Report of the Indian Hemp Drugs Commission, 1894-1895 - Volume V
Year: 1894
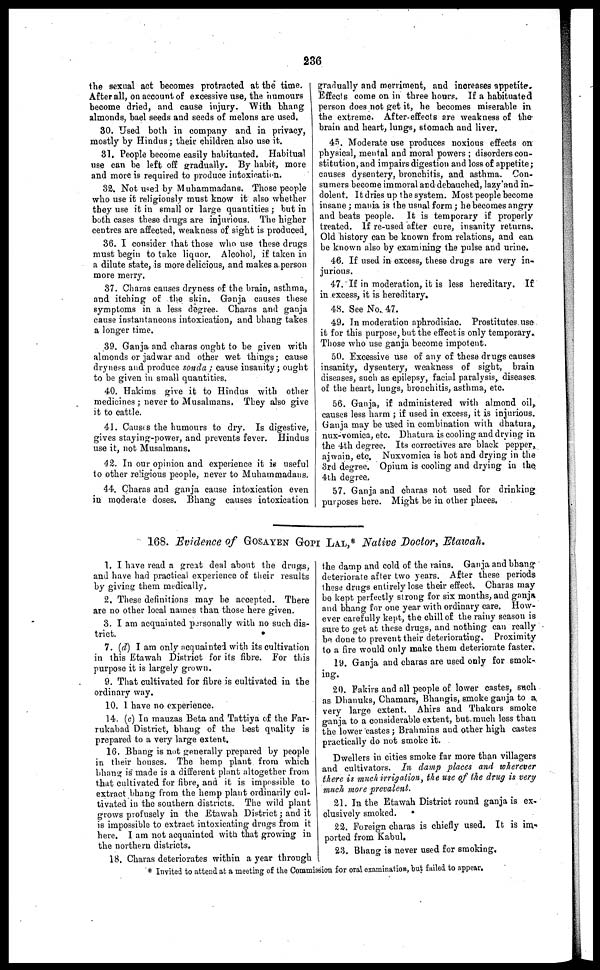
236
the sexual act becomes protracted at the
time.
After all, on account of excessive use, the humours
become dried, and cause injury. With bhang
almonds, bael seeds and seeds of melons are used.
30. Used both in company and. in privacy,
mostly by Hindus; their children also use it.
31. People become easily habituated. Habitual
use can be left off gradually. By habit, more
and more is required to produce intoxication.
32. Not used by Muhammadans. Those people
who use it religiously must know it also whether
they use it in small or large quantities ; but in
both cases these drugs are injurious. The higher
centres are affected, weakness of sight is produced.
36. I consider that those who use these drugs
must begin to take liquor. Alcohol, if taken in
a dilute state, is more delicious, and makes a person
more merry.
37. Charas causes dryness of the brain, asthma,
and itching of the skin. Ganja causes these
symptoms in a less degree. Charas and ganja
cause instantaneons intoxication, and bhang takes
a longer time.
39. Ganja and charas ought to be given with
almonds or jadwar and other wet things ; cause
dryness and produce sonda ; cause insanity ; ought
to be given in small quantities.
40. Hakims give it to Hindus with other
medicines ; never to Musalmans. They also give
it to cattle.
41. Causes the humours to dry. Is. digestive,
gives staying-power, and prevents fever. Hindus
use it, not Musalmans.
42. In our opinion and experience it is useful
to other religious people, never to Muhammadans.
44. Charas and ganja cause intoxication even
in moderate doses. Bhang causes intoxication
gradually and merriment, and increases appetite.
Effects come on in three hours. If a habituated
person does not get it, he becomes miserable in
the extreme. After-effects are weakness of the
brain and heart, lungs, stomach and liver.
45. Moderate use produces noxious effects on
physical, mental and moral powers ; disorders con-
stitution, and impairs digestion and loss of appetite ;
causes dysentery, bronchitis, and asthma. Con-
sumers become immoral and debauched, lazy and in-
dolent. It dries up the system. Most people become
insane ; mania is the usual form ; he becomes angry
and beats people. It is temporary if properly
treated. If re-used after cure, insanity returns.
Old history can be known from relations, and can
be known also by examining the pulse and urine.
46. If used in excess, these drugs are very in-
jurious.
47. If in moderation, it is less hereditary. If
in excess, it is hereditary.
48. See No. 47.
49. In moderation aphrodisiac. Prostitutes use
it for this purpose, but the effect is only temporary.
Those who use ganja become impotent.
50. Excessive use of any of these drugs causes
insanity, dysentery, weakness of sight, brain
diseases, such as epilepsy, facial paralysis, diseases
of the heart, lungs, bronchitis, asthma, etc.
56. Ganja, if administered with almond oil,
causes less harm ; if used in excess, it is injurious.
Ganja may be used in combination with dhatura,
nux-vomica, etc. Dhatura is cooling and drying in
the 4th degree. Its correctives are black pepper,
ajwain, etc. Nuxvomica is hot and drying in the
3rd degree. Opium is cooling and drying in the
4th degree.
57. Ganja and charas not used for drinking
purposes here. Might be in other places.
168. Evidence of GOSAYEN GOPI LAL,* Native Doctor, Etawah.
1. I have read a great deal about the drugs,
and have had practical experience of their results
by giving them medically.
2. These definitions may be accepted. There
are no other local names than those here given.
3. I am acquainted personally with no such dis-
trict.
7. (d) I am only acquainted with its cultivation
in this Etawah District for its fibre. For this
purpose it is largely grown.
9. That cultivated for fibre is cultivated in the
ordinary way.
10. 1 have no experience.
14. (c) In mauzas Beta and Tattiya of the Far-
rukabad District, bhang of the best quality is
prepared to a very large extent,
16. Bhang is not generally prepared by people
in their houses. The hemp plant from which
bhang is made is a different plant altogether from
that cultivated for fibre, and it is impossible to
extract bhang from the hemp plant ordinarily cul-
tivated in the southern districts. The wild plant
grows profusely in the Etawah District ; and it
is impossible to extract intoxicating drugs from it
here. I am not acquainted with that growing in
the northern districts.
18. Charas deteriorates within a year through
the damp and cold of the rains. Ganja and bhang
deteriorate after two years. After these periods
these drugs entirely lose their effect. Charas may
be kept perfectly strong for six months, and ganja
and bhang for one year with ordinary care. How-
ever carefully kept, the chill of the rainy season is
sure to get at these drugs, and nothing can really
be done to prevent their deteriorating. Proximity
to a fire would only make them deteriorate faster.
19. Ganja and charas are used only for smok-
ing.
20. Fakirs and all people of lower castes, such
as Dhanuks, Chamars, Bhangis, smoke ganja to a
very large extent. Ahirs and Thakurs smoke
ganja to a considerable extent, but much less than
the lower castes ; Brahmins and other high castes
practically do not smoke it.
Dwellers in cities smoke far more than villagers
and cultivators. In damp places and wherever
there is muck irrigation, the use of the drug is very
much more prevalent.
21. In the Etawah District round ganja is ex-
clusively smoked.
22. Foreign charas is chiefly used. It is im-
ported from Kabul.
23. Bhang is never used for smoking.
* Invited to attend at a meeting of the Commission for oral examination, but failed to appear.